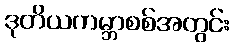
ဒုတိယကမ္ဘာစစ်အတွင်း